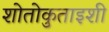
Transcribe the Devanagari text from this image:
शोतोकुताइशी